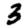
Digit: 3